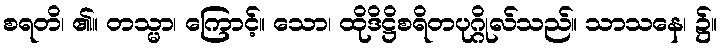
စရတိ၊ ၏။ တသ္မာ၊ ကြောင့်။ သော၊ ထိုဒိဋ္ဌိစရိတပုဂ္ဂိုလ်သည်။ သာသနေ၊ ၌။